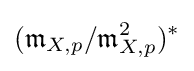
({\mathfrak {m}}_{X,p}/{\mathfrak {m}}_{X,p}^{2})^{*}